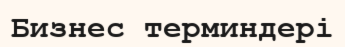
Бизнес терминдері